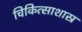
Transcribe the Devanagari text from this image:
चिकित्साशास्र